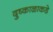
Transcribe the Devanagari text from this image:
दुष्काळाकडे